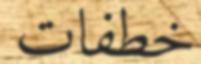
خطفات